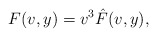
\begin{align*} F(v,y)=v^3\hat{F}(v,y),\end{align*}